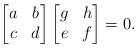
LaTeX: \begin{align*}\begin{bmatrix}a & b\\c & d\end{bmatrix} \begin{bmatrix}g & h\\e & f\end{bmatrix}=0.\end{align*}